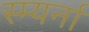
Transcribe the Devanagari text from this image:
स्म्यर्ना